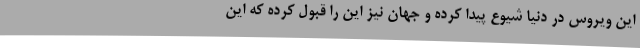
این ویروس در دنیا شیوع پیدا کرده و جهان نیز این را قبول کرده که این